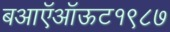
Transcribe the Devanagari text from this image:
बआऍऑऊट१९८७